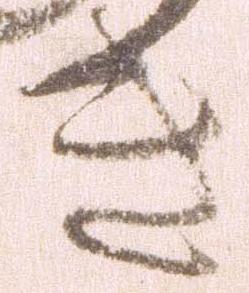
き